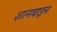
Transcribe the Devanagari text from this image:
शानबाइन